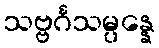
သဗ္ဗင်္ဂသမ္ပန္နေ